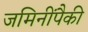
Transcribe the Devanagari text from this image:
जमिनींपैकी